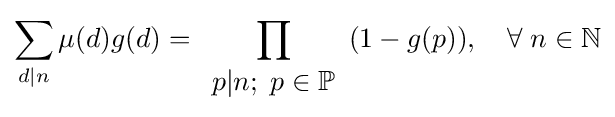
\sum \limits _{d\mid n}\mu (d)g(d)=\prod \limits _{\begin{array}{c}p|n;\;p\in \mathbb {P} \end{array}}(1-g(p)),\quad \forall \;n\in \mathbb {N}